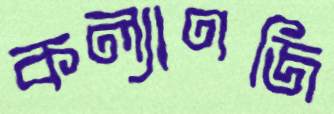
কল্যাণজি